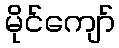
မိုင်ကျော်